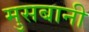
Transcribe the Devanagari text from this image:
मुसबानी